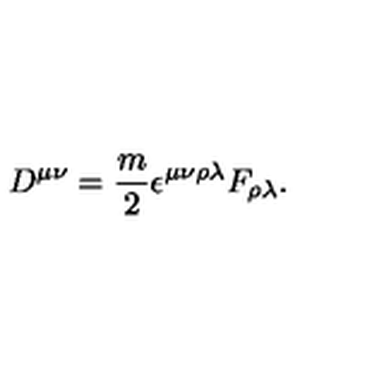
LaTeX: D ^ { \mu \nu } = { \frac { m } { 2 } } \epsilon ^ { \mu \nu \rho \lambda } F _ { \rho \lambda } .